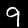
Digit: 9